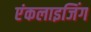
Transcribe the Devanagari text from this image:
एंकलाइजिंग